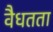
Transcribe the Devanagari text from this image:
वैधतता